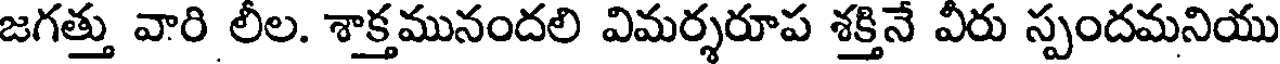
జగత్తు వారి లీల. శాక్తమునందలి విమర్శరూప శక్తినే వీరు స్పందమనియు